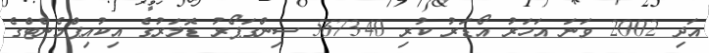
އަދި 2002 ވަނަ އަހަރު އޯޑަރު ކުރި 567340 ސިންގަޕޯރު ޑޮލަރުގެ އިކުއިޕްމެންޓްގެ